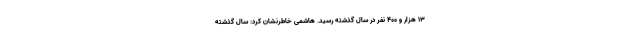
۱۳ هزار و ۴۰۰ نفر در سال گذشته رسید. هاشمی خاطرنشان کرد: سال گذشته